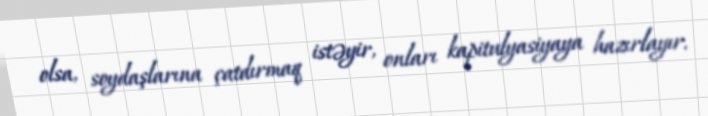
olsa, soydaşlarına çatdırmaq istəyir, onları kapitulyasiyaya hazırlayır.